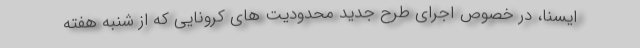
ایسنا، در خصوص اجرای طرح جدید محدودیت های کرونایی که از شنبه هفته